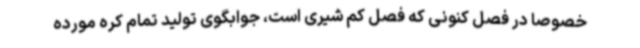
خصوصا در فصل کنونی که فصل کم شیری است، جوابگوی تولید تمام کره مورده